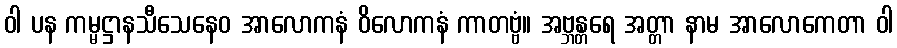
ဝါ ပန ကမ္မဋ္ဌာနသီသေနေဝ အာလောကနံ ဝိလောကနံ ကာတဗ္ဗံ။ အဗ္ဘန္တရေ အတ္တာ နာမ အာလောကေတာ ဝါ